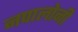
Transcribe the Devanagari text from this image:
नपालोनी